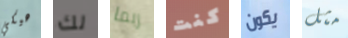
هيكي لك ربما كنت يكون مثل